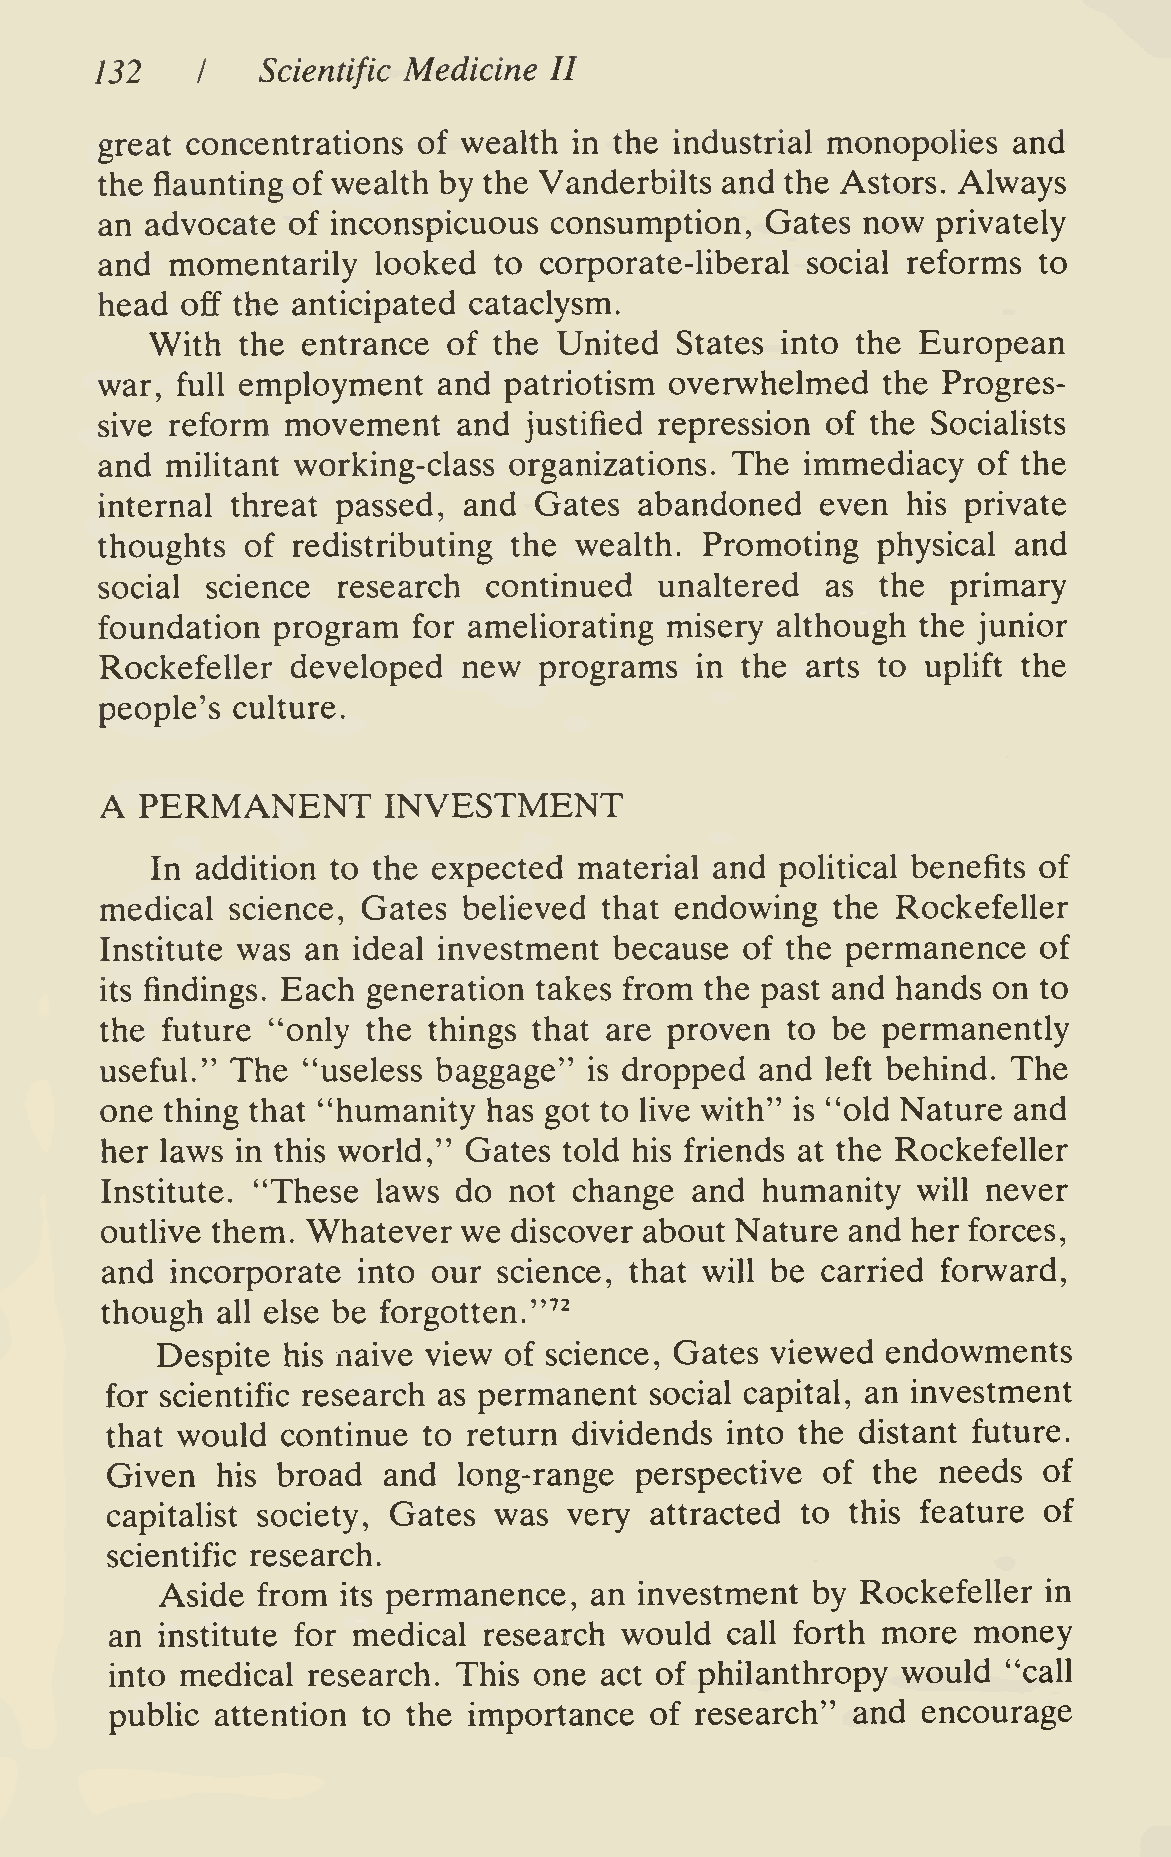
132    I   Scientific Medicine II
 great concentrations of wealth in the industrial monopolies and
 the flaunting of wealth by the Vanderbilts and the Astors. Always
 an advocate of inconspicuous consumption,   Gates now  privately
 and momentarily   looked  to corporate-liberal social reforms to
 head off the anticipated cataclysm.
 With  the entrance  of the United  States into the European
 war,  full employment  and patriotism overwhelmed   the Progres-
 sive reform  movement   and  justified repression of the Socialists
 and militant working-class organizations. The immediacy   of the
 internal threat passed, and Gates  abandoned   even  his private
 thoughts of redistributing the wealth.  Promoting  physical and
 social science research  continued   unaltered  as the  primary
 foundation program  for ameliorating misery although  the junior
 Rockefeller developed   new  programs  in the arts to uplift the
 people's culture.
 A PERMANENT       INVESTMENT
 In addition to the expected material and  political benefits of
 medical science, Gates  believed that endowing  the Rockefeller
 Institute was an ideal investment because of the permanence   of
 its findings. Each generation takes from the past and hands on to
 the future "only the things that are proven  to be permanently
 useful." The "useless baggage"  is dropped and  left behind. The
 one thing that "humanity has got to live with" is "old Nature and
 her laws in this world," Gates told his friends at the Rockefeller
 Institute. "These laws do  not change  and humanity   will never
 outlive them. Whatever  we discover about Nature and her forces,
 and incorporate  into our science, that will be carried forward,
 though all else be forgotten."''^
 Despite  his naive view of science. Gates viewed endowments
 for scientific research as permanent social capital, an investment
 that would  continue to return dividends into the distant future.
 Given  his broad  and  long-range  perspective of  the needs  of
 capitalist society. Gates was  very attracted to this feature of
 scientific research.
 Aside from     permanence,  an investment  by Rockefeller in
 its
 an institute for medical research would  call forth more money
 into medical research. This one  act of philanthropy would  "call
 public attention to the importance  of research" and  encourage